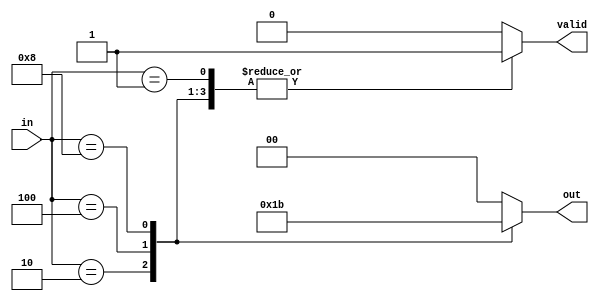
module encoder_4to1 (
    input wire [3:0] in,
    output reg [1:0] out,
    output reg valid
);

    always @* begin
        case (in)
            4'b0001: begin
                out = 2'b00;
                valid = 1;
            end
            4'b0010: begin
                out = 2'b01;
                valid = 1;
            end
            4'b0100: begin
                out = 2'b10;
                valid = 1;
            end
            4'b1000: begin
                out = 2'b11;
                valid = 1;
            end
            default: begin
                out = 2'b00;
                valid = 0;
            end
        endcase
    end

endmodule